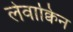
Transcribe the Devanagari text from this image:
लेवाक्विन